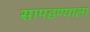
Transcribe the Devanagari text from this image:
सापडण्याला